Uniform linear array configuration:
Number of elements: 24
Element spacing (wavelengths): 0.5
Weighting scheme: blackman
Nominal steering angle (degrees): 45
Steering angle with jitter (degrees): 43.577
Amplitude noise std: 0.05
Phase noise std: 0.05

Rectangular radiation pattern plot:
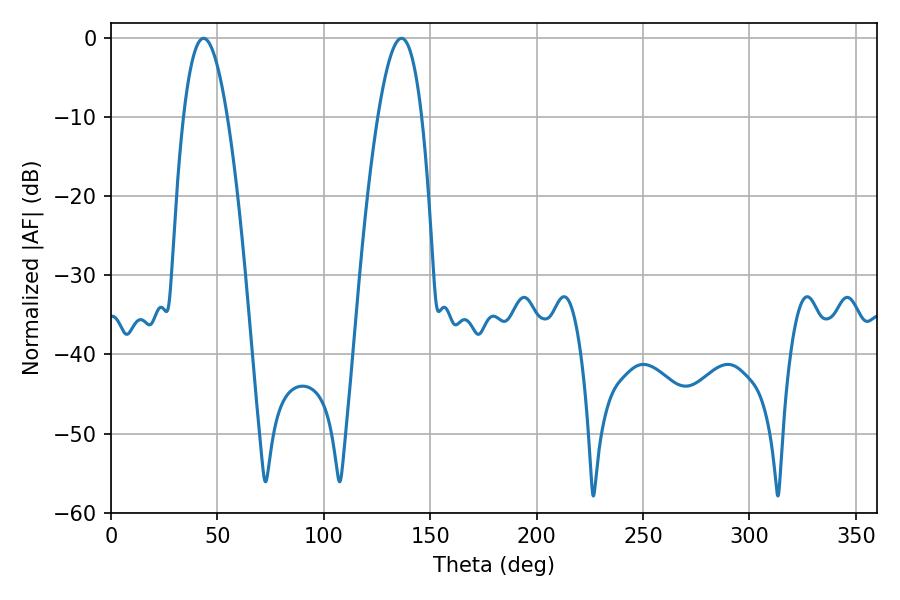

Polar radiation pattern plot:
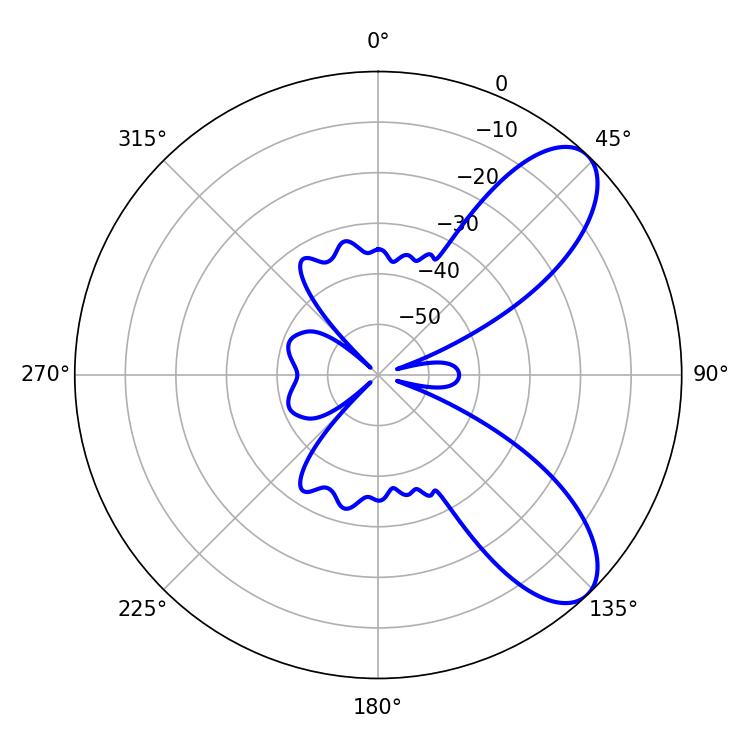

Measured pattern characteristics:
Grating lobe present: FALSE
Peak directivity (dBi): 8.338
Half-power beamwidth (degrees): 11.16
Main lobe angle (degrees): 43.56